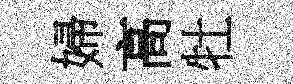
婦高牡